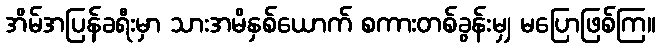
အိမ်အပြန်ခရီးမှာ သားအမိနှစ်ယောက် စကားတစ်ခွန်းမျှ မပြောဖြစ်ကြ။